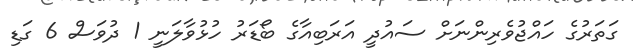
ގަތަރުގެ ހައްޖުވެރިންނަށް ސައުދީ އަރަބިއާގެ ބޯޑަރު ހުޅުވާލަނީ 1 ދުވަސް 6 ގަޑި